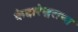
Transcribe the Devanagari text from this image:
केदारेश्वराचा